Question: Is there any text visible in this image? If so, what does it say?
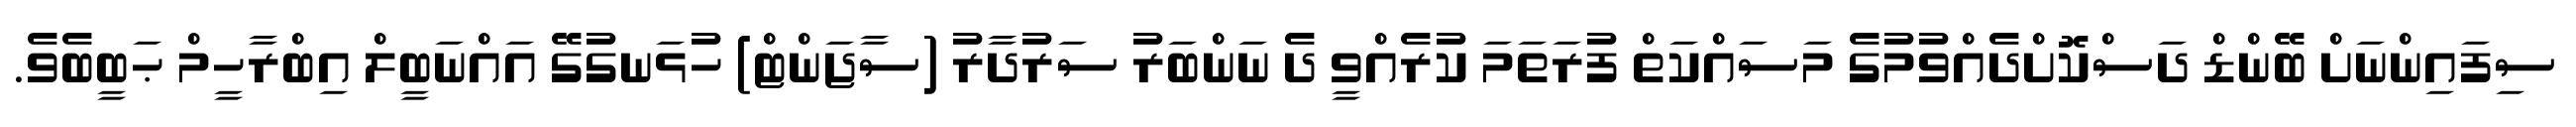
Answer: ސިފައިންނަށް ބޭންޑް ދަސްކޮށްދެއްވުމުގެ މަސައްކަތް ފުރަތަމަ ކުރެއްވީ ދެ ނަންބަރު ސަރުދާރު (ސާޖަންޓް) ހުޅަނގުގޭ އައްނަބީލް އިބްރާހީމް ޙަބީބެވެ.